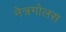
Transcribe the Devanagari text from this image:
नेत्रगोलस